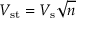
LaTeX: V _ { \mathrm { s t } } = V _ { \mathrm { s } } { \sqrt { n } }